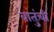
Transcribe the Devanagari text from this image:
वातुंची